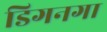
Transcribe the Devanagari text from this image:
डिगनगा